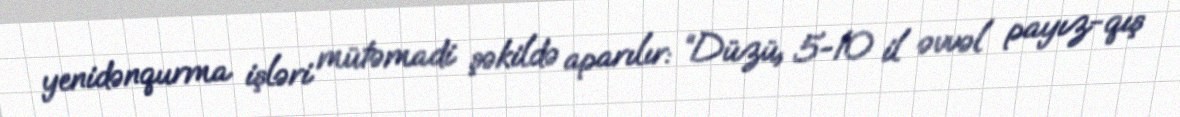
yenidənqurma işləri mütəmadi şəkildə aparılır: “Düzü, 5-10 il əvvəl payız-qış